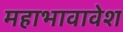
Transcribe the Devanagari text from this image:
महाभावावेश